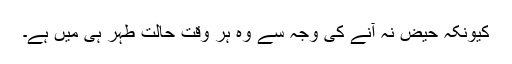
کیونکہ حیض نہ آنے کی وجہ سے وہ ہر وقت حالت طہر ہی میں ہے۔